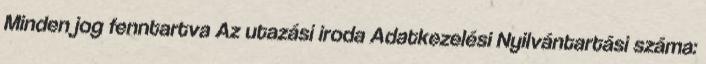
Minden jog fenntartva Az utazási iroda Adatkezelési Nyilvántartási száma: